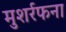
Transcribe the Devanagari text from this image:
मुशर्रफना